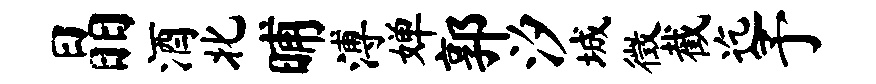
晶酒北晡溥婵郭汐城徵截迄予